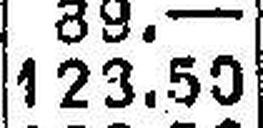
123.50